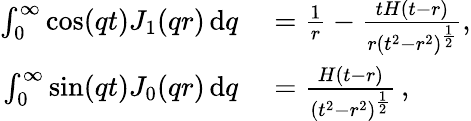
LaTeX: \begin{array}{rl}{\int_{0}^{\infty}\cos(qt)J_{1}(qr)\, \mathrm{d}q}&{{}=\frac{1}{r}-\frac{tH(t-r)}{r\left(t^{2}-r^{2}\right)^{\frac{1}{2}}},}\\ {\int_{0}^{\infty}\sin(qt)J_{0}(qr)\, \mathrm{d}q}&{{}=\frac{H(t-r)}{\left(t^{2}-r^{2}\right)^{\frac{1}{2}}}\, ,}\end{array}